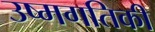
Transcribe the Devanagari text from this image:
उष्मगतिकी